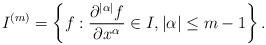
LaTeX: \begin{align*} I^{(m)}=\left\{f: \frac{\partial^{|\alpha |}f}{\partial x^\alpha} \in I, |\alpha |\leq m-1\right\}. \end{align*}